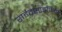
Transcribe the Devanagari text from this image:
राईटसाइजिंग